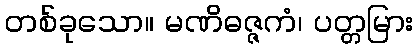
တစ်ခုသော။ မဏိဓဇ္ဇကံ၊ ပတ္တမြား